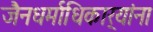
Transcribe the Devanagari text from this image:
जैनधर्माधिकार्‍यांना